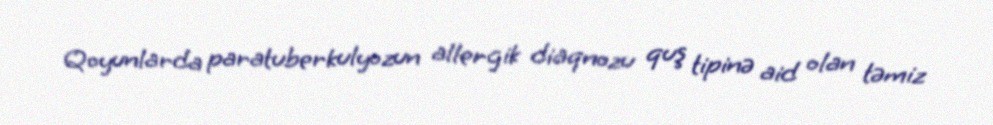
Qoyunlarda paratuberkulyozun allergik diaqnozu quş tipinə aid olan təmiz